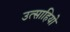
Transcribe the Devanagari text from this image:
उत्साहियो